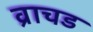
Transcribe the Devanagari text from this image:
व्राचड